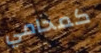
كمحامي